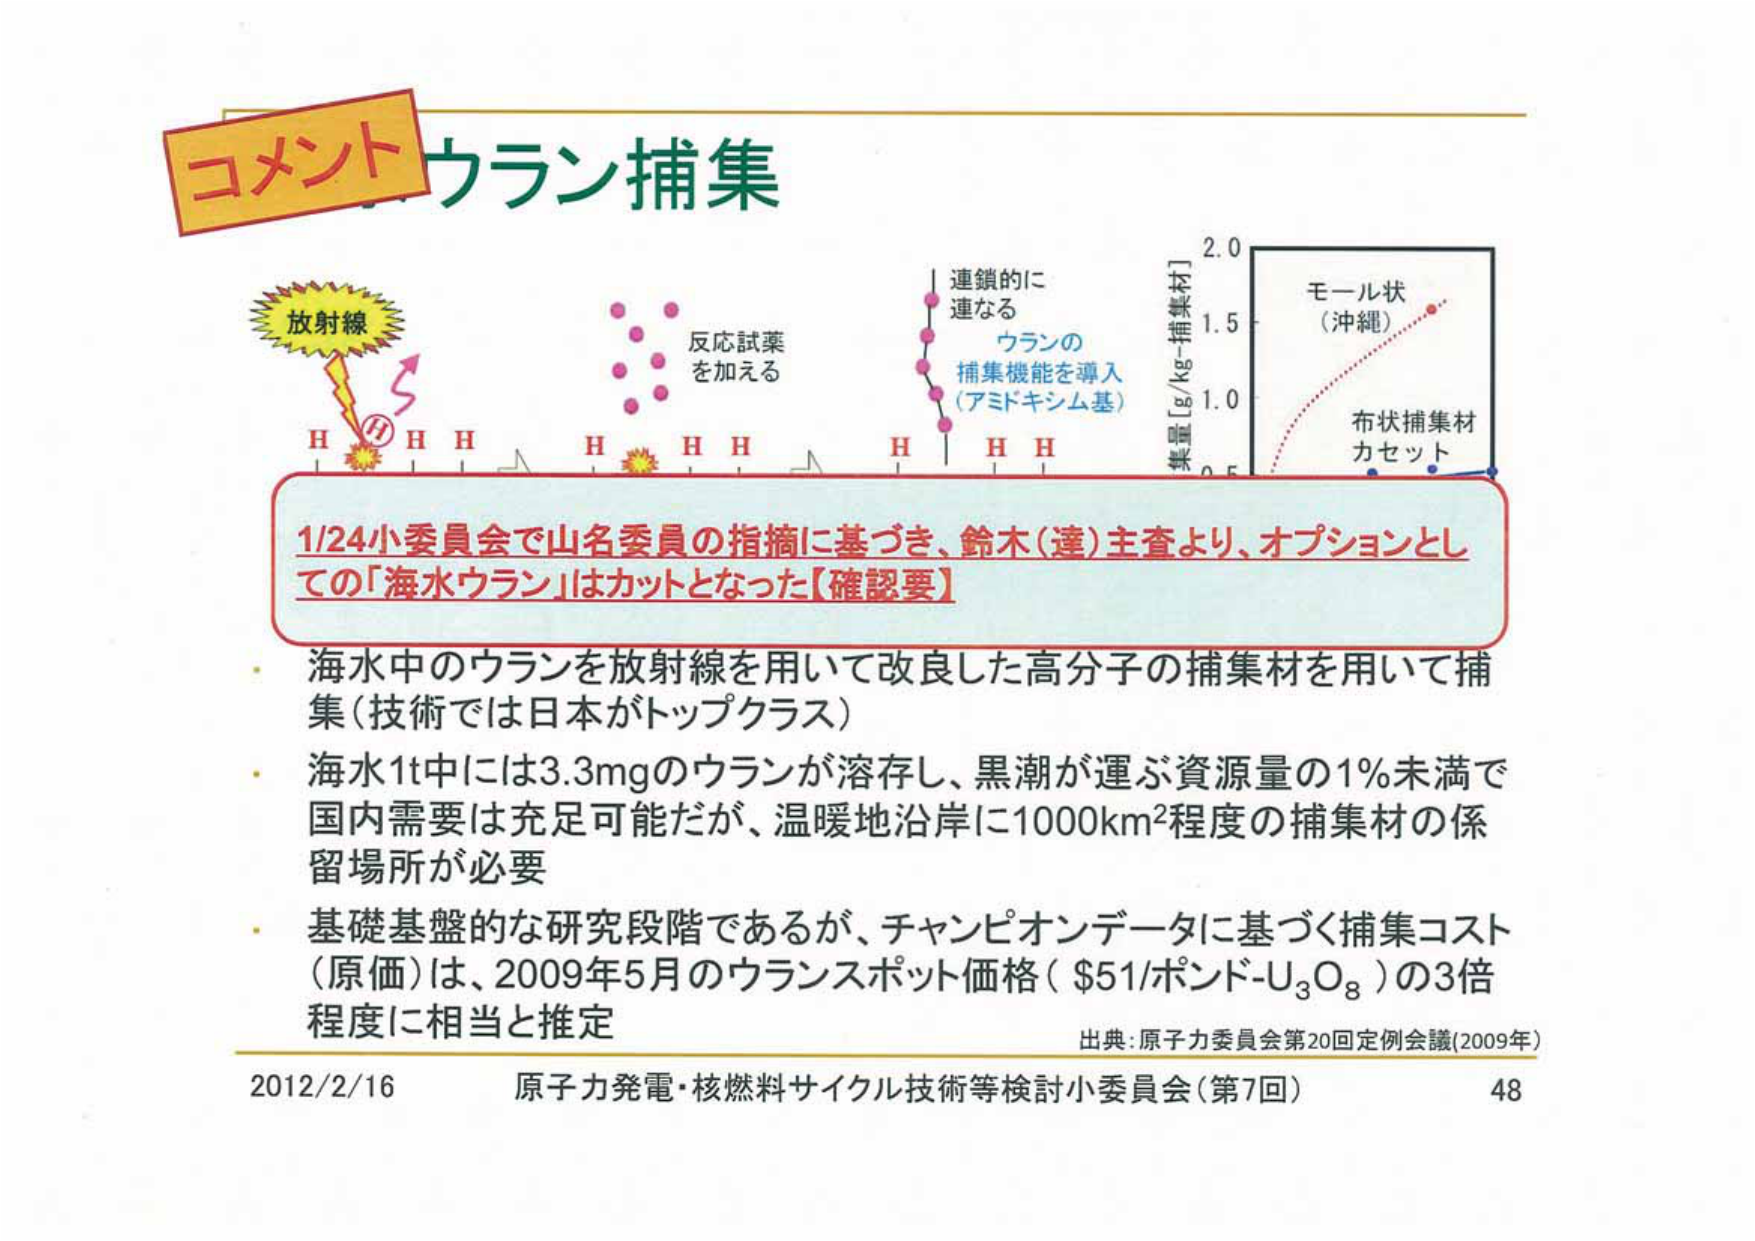
コメント ウラン捕集

放射線
H H H H H H H H
反応試薬
を加える
連鎖的に
連なる
ウランの
捕集機能を導入
（アミドキシム基）

質量 [g/kg-捕集材]
2.0
1.5
1.0
0.5
モール状
（沖縄）
布状捕集材
カセット

1/24小委員会で山名委員の指摘に基づき、鈴木（達）主査より、オプションとし
ての「海水ウラン」はカットとなった【確認要】

・ 海水中のウランを放射線を用いて改良した高分子の捕集材を用いて捕
集（技術では日本がトップクラス）
・ 海水1t中には3.3mgのウランが溶存し、黒潮が運ぶ資源量の1%未満で
国内需要は充足可能だが、温暖地沿岸に1000km²程度の捕集材の係
留場所が必要
・ 基礎基盤的な研究段階であるが、チャンピオンデータに基づく捕集コスト
（原価）は、2009年5月のウランスポット価格（$51/ポンド-U₃O₈）の3倍
程度に相当と推定

出典：原子力委員会第20回定例会議（2009年）

2012/2/16 原子力発電・核燃料サイクル技術等検討小委員会（第7回） 48